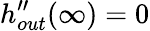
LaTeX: h_{out}^{\prime\prime}(\infty)=0